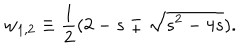
LaTeX: w _ { 1 , 2 } \equiv { \frac { 1 } { 2 } } ( 2 - s \mp \sqrt { s ^ { 2 } - 4 s } ) .